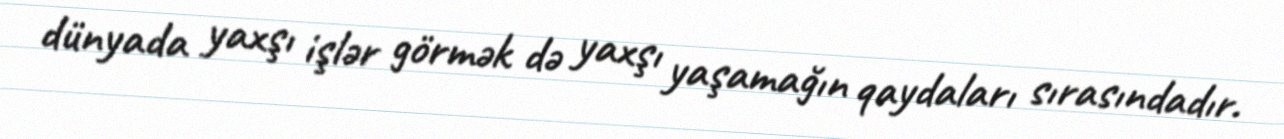
dünyada yaxşı işlər görmək də yaxşı yaşamağın qaydaları sırasındadır.